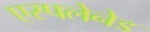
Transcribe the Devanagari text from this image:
एस्पलेनेड